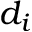
d _ { i }